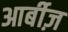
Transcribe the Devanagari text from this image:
आर्बीज़